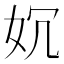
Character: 㚮